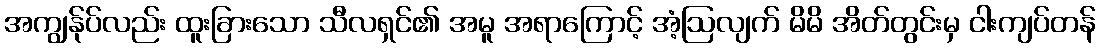
အကျွန်ုပ်လည်း ထူးခြားသော သီလရှင်၏ အမူ အရာကြောင့် အံ့ဩလျက် မိမိ အိတ်တွင်းမှ ငါးကျပ်တန်